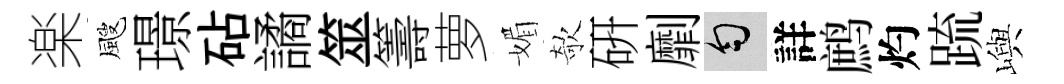
楽颼璟砧譎筮籌萝媚欹硏劘匀詳鹧灼䟽嶼